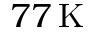
7 7 \, \mathrm { K }